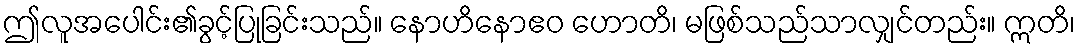
ဤလူအပေါင်း၏ခွင့်ပြုခြင်းသည်။ နောဟိနောဧဝ ဟောတိ၊ မဖြစ်သည်သာလျှင်တည်း။ ဣတိ၊